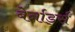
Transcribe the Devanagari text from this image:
बेर्नार्ड्स